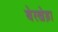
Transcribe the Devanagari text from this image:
बेरखेड़ा